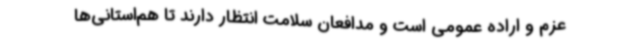
عزم و اراده عمومی است و مدافعان سلامت انتظار دارند تا هم‌استانی‌ها